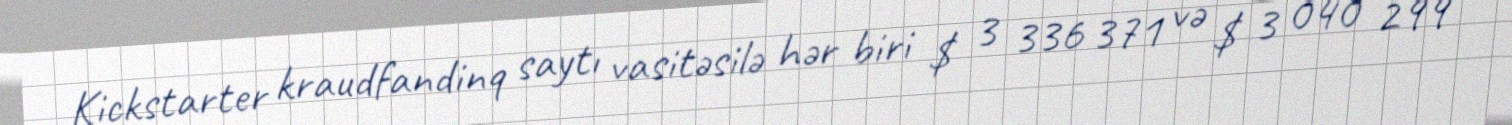
Kickstarter kraudfandinq saytı vasitəsilə hər biri $ 3 336 371 və $ 3 040 299